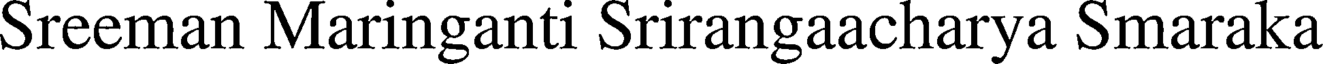
Sreeman Maringanti Srirangaacharya Smaraka